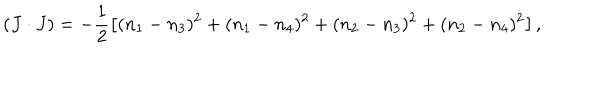
LaTeX: ( J \cdot J ) = - \frac { 1 } { 2 } \left[ ( n _ { 1 } - n _ { 3 } ) ^ { 2 } + ( n _ { 1 } - n _ { 4 } ) ^ { 2 } + ( n _ { 2 } - n _ { 3 } ) ^ { 2 } + ( n _ { 2 } - n _ { 4 } ) ^ { 2 } \right] ,